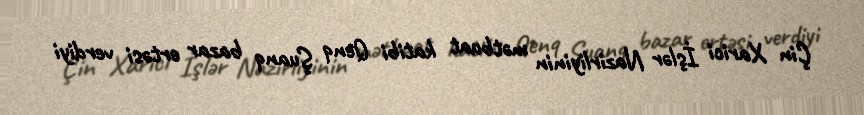
Çin Xarici İşlər Nazirliyinin mətbuat katibi Qenq Şuanq bazar ertəsi verdiyi